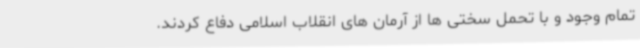
تمام وجود و با تحمل سختی ها از آرمان های انقلاب اسلامی دفاع کردند.